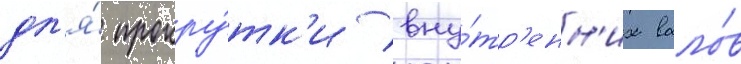
дл'я́ прокру́тк'и вну́тр'енн'их вало́в